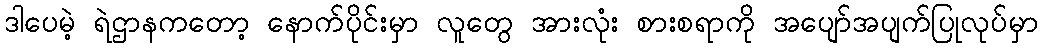
ဒါပေမဲ့ ရဲဌာနကတော့ နောက်ပိုင်းမှာ လူတွေ အားလုံး စားစရာကို အပျော်အပျက်ပြုလုပ်မှာ